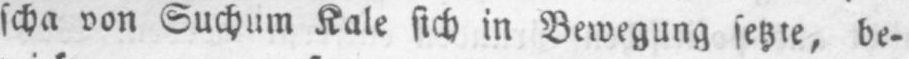
scha von Suchum Kale sich in Bewegung setzte, be⸗